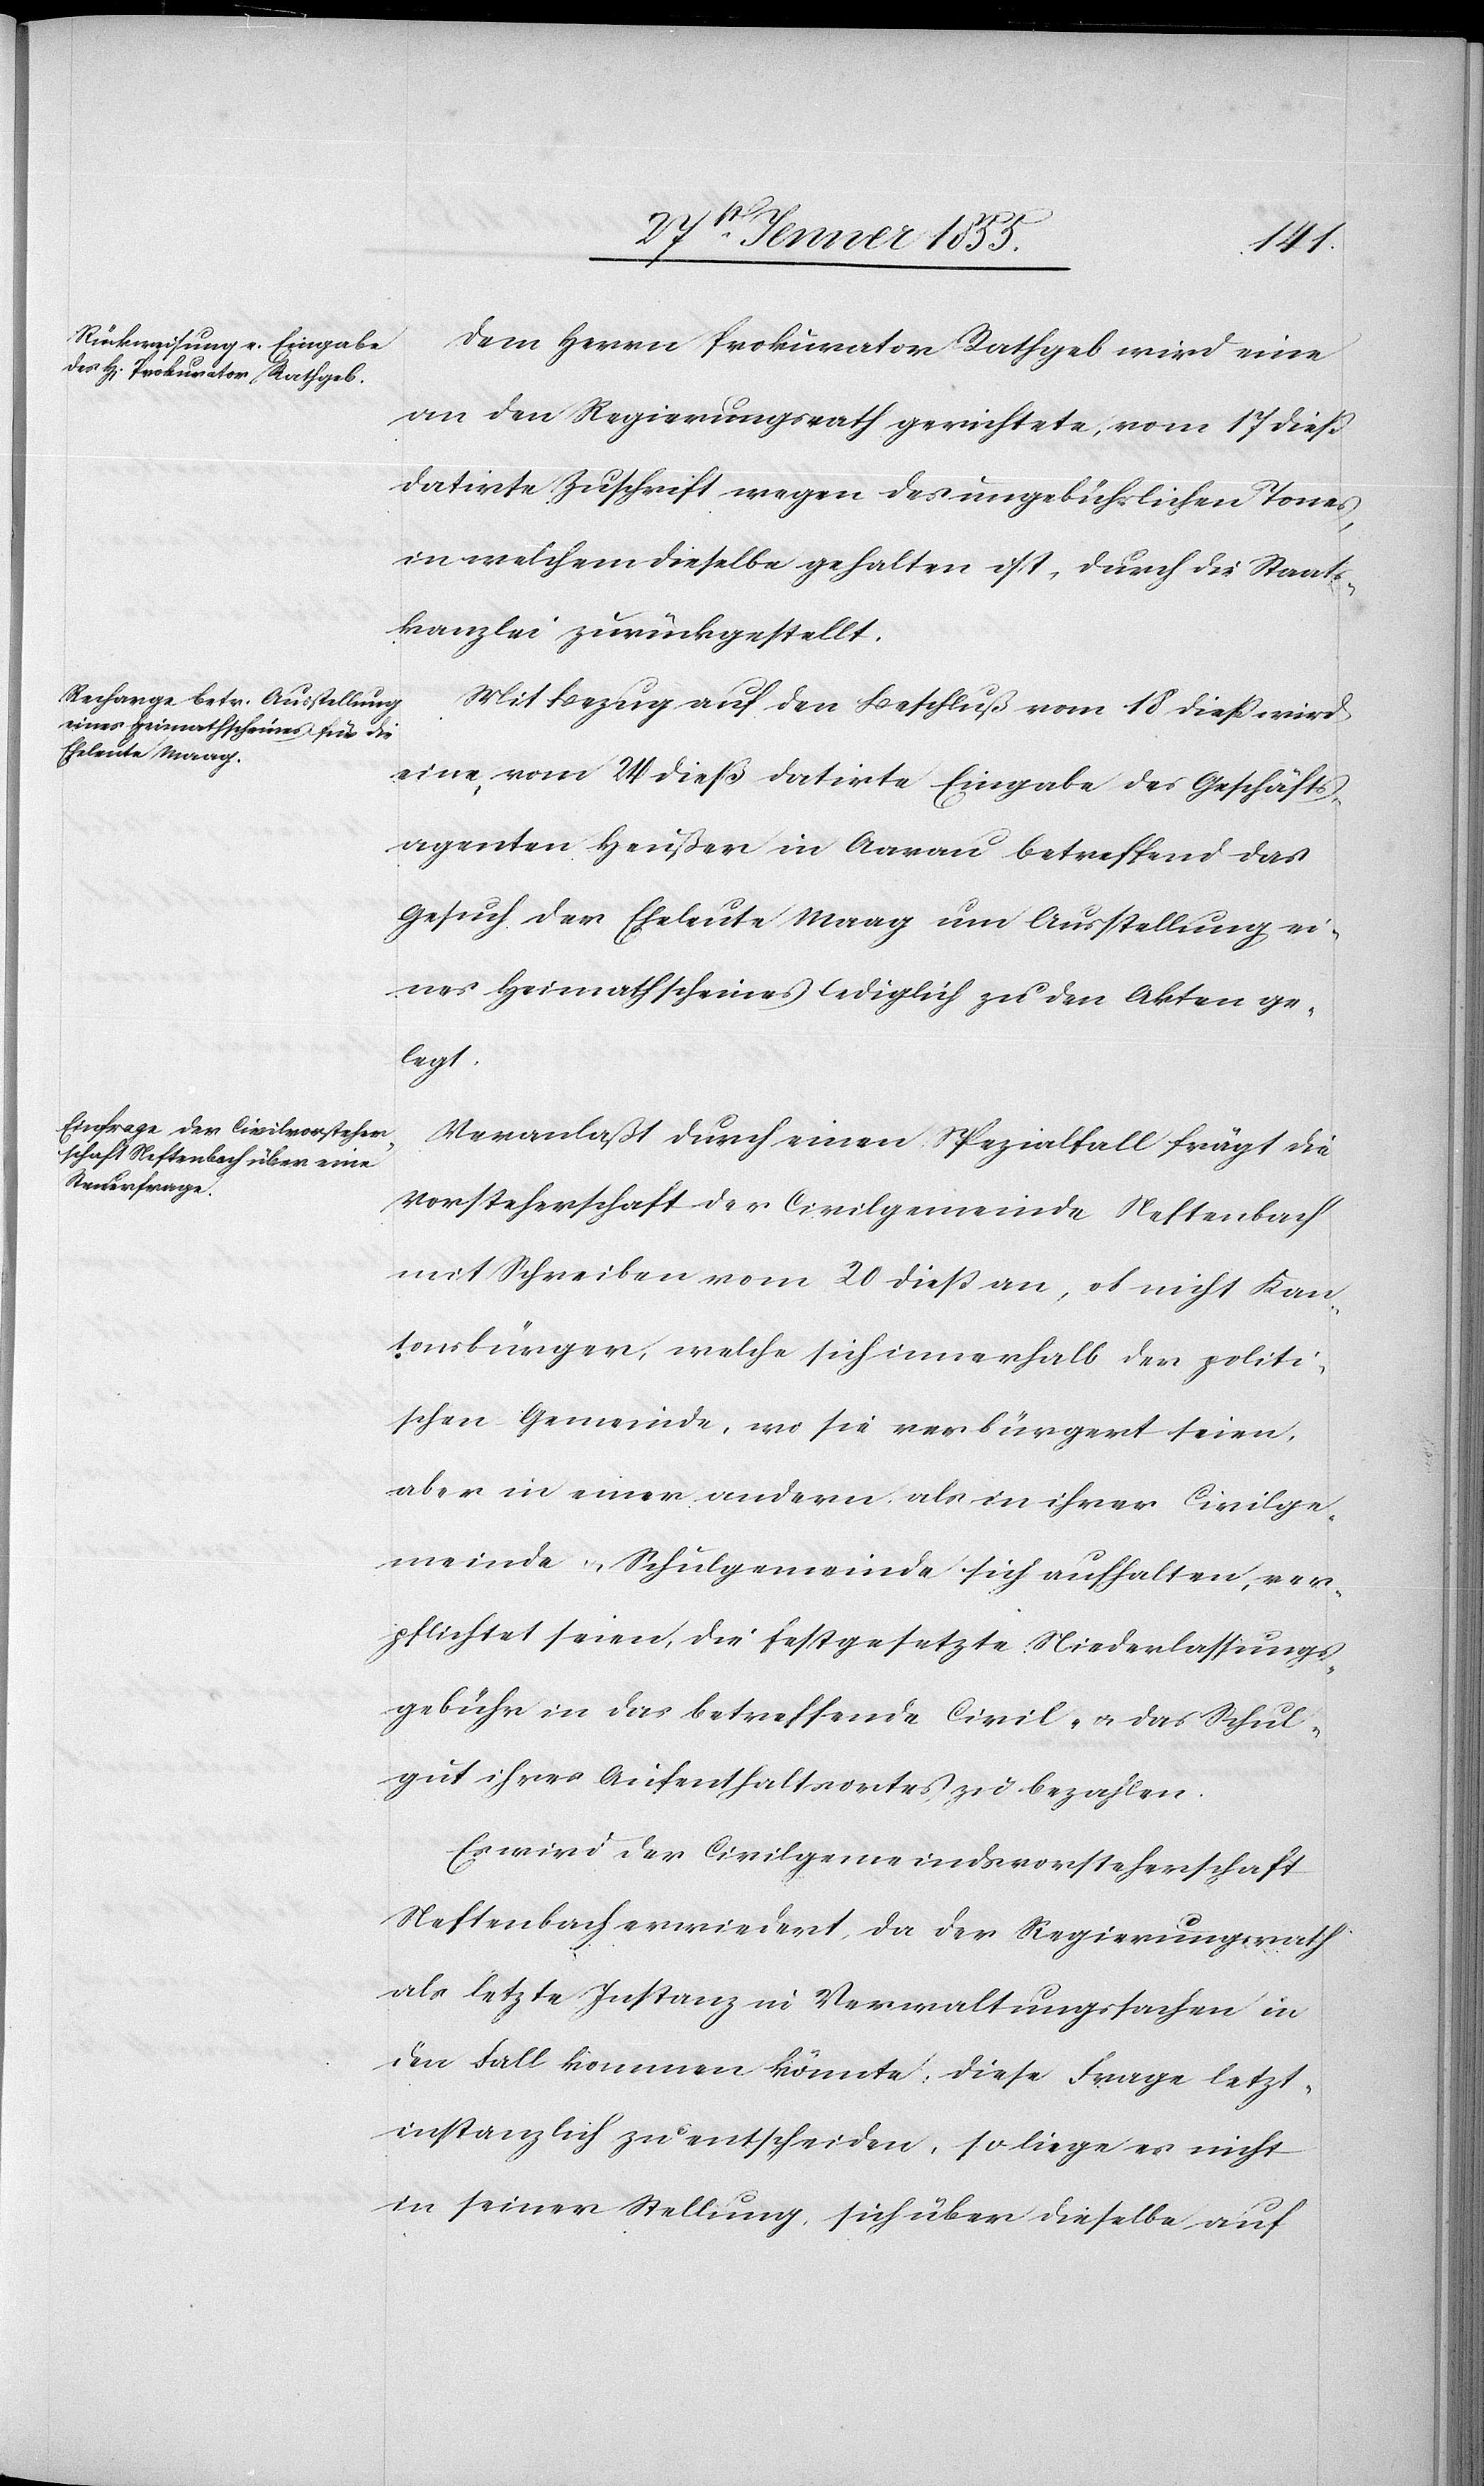
Dem Herrn Prokurator Rathgeb wird eine
an den Regierungsrath gerichtete, vom 17 dieß
datirte Zuschrift wegen des ungebührlichen Tones,
in welchem dieselbe gehalten ist, durch die Staats¬
kanzlei zurückgestellt.
Mit Bezug auf den Beschluß vom 18 dieß wird
eine, vom 24 dieß datirte Eingabe des Geschäfts¬
agenten Heußer in Aarau betreffend das
Gesuch der Eheleute Maag um Ausstellung ei¬
nes Heimathscheines lediglich zu den Akten ge¬
legt.
Veranlaßt durch einen Spezialfall frägt die
Vorsteherschaft der Civilgemeinde Neftenbach
mit Schreiben vom 20 dieß an, ob nicht Kan¬
tonsbürger, welche sich innerhalb der politi¬
schen Gemeinde, wo sie verbürgert seien,
aber in einer andern als in ihrer Civilge¬
meinde & Schulgemeinde sich aufhalten, ver¬
pflichtet seien, die festgesetzte Niederlassungs¬
gebühr in das betreffende Civil- & das Schul¬
gut ihres Aufenthaltsortes zu bezahlen.
Es wird der Civilgemeindsvorsteherschaft
Neftenbach erwiedert, da der Regierungsrath
als letzte Instanz in Verwaltungssachen in
den Fall kommen könnte, diese Frage letzt¬
instanzlich zu entscheiden, so liege es nicht
in seiner Stellung, sich über dieselbe auf